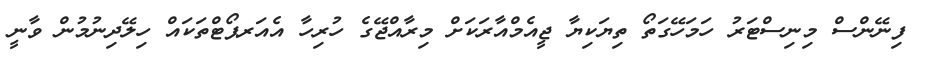
ފިނޭންސް މިނިސްޓަރު ހަމަހޭގަތޯ ތިޔަކިޔާ ޖީއެމްއާރަކަށް މިރާއްޖޭގެ ހުރިހާ އެއަރޕޯޓްތަކައް ހިލޭދިނުމުން ވާނީ